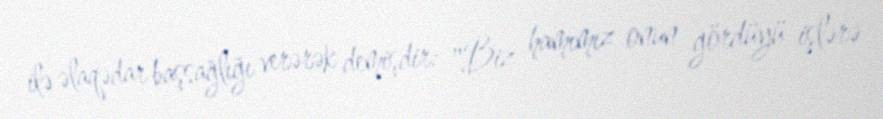
ilə əlaqədar başsağlığı verərək demişdir: "Biz hamımız onun gördüyü işlərə